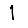
Digit: 1